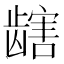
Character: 𫜯